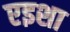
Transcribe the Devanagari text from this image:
एइशा